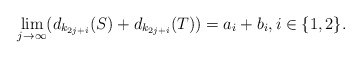
\begin{align*}\lim_{j\rightarrow\infty}(d_{k_{2j+i}}(S)+d_{k_{2j+i}}(T))=a_i+b_i,i\in\{1,2\}.\end{align*}